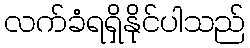
လက်ခံရရှိနိုင်ပါသည်